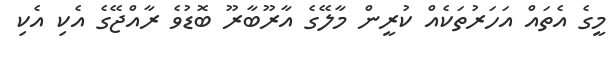
މީގެ އެތައް އަހަރުތަކެއް ކުރީން މާލޭގެ އާރޫބާރޫ ބޮޑުވެ ރާއްޖޭގެ އެކި އެކި